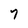
Character: T